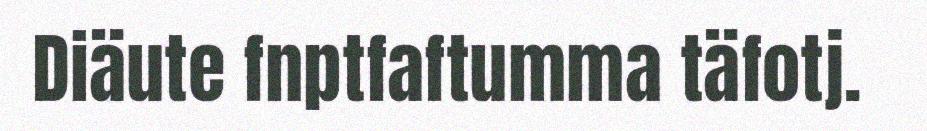
Diäute fnptfaftumma täfotj.